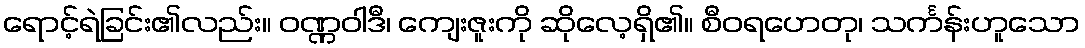
ရောင့်ရဲခြင်း၏လည်း။ ဝဏ္ဏဝါဒီ၊ ကျေးဇူးကို ဆိုလေ့ရှိ၏။ စီဝရဟေတု၊ သင်္ကန်းဟူသော